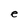
Character: e